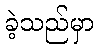
ခဲ့သည်မှာ